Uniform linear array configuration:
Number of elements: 4
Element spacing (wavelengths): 1
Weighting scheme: blackman
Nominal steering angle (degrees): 30
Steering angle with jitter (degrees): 29.415
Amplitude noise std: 0.05
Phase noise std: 0.05

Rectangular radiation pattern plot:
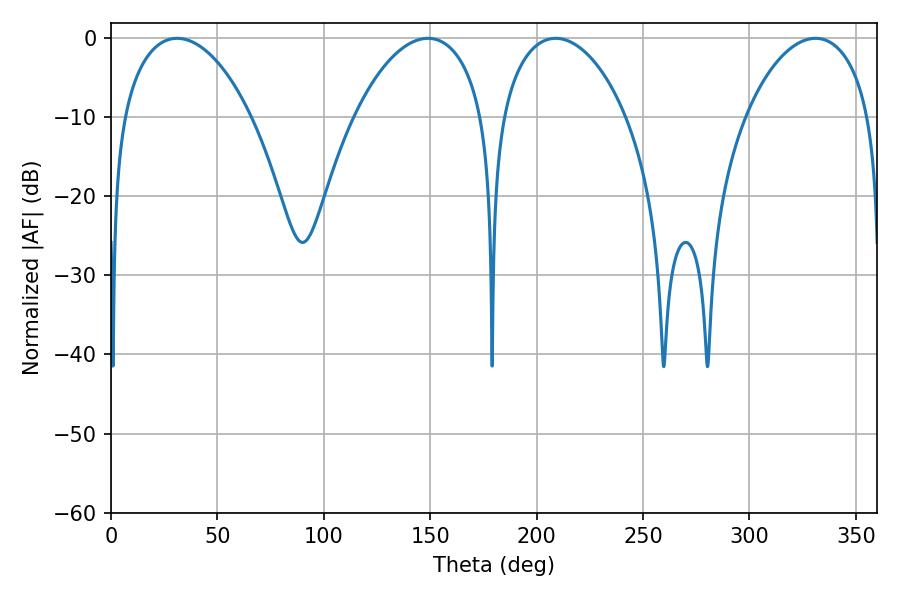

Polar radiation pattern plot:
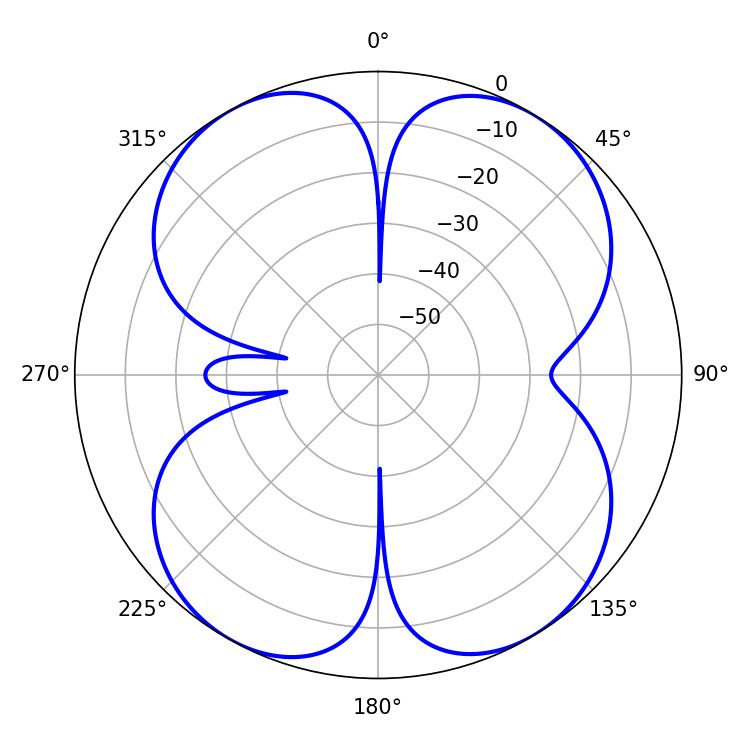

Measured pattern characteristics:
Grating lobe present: TRUE
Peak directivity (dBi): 14.732
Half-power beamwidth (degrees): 33.48
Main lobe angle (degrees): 208.98